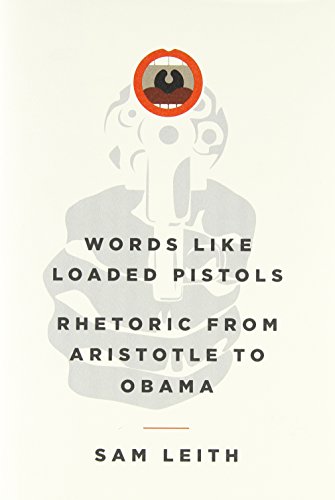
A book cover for Words Like Loaded Pistols: Rhetoric from Aristotle to Obama; Sam Leith; Reference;